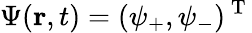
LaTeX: \Psi(\mathbf{r},t)=(\psi_{+},\psi_{-})^{\mathrm{~T~}}